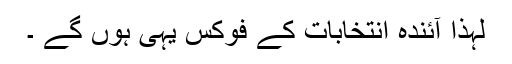
لہٰذا آئندہ انتخابات کے فوکس یہی ہوں گے ۔